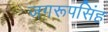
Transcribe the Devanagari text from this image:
जगरूपसिंह